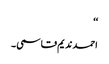
‘‘
احمد ندیم قاسمی ۔